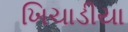
ખિચાડીયા